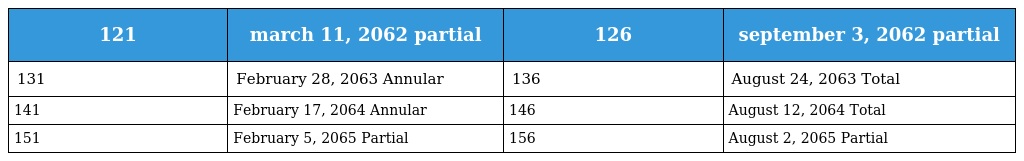
| 121 | march 11, 2062 partial | 126 | september 3, 2062 partial |
 | --- | --- | --- | --- |
 | 131 | February 28, 2063 Annular | 136 | August 24, 2063 Total |
 | 141 | February 17, 2064 Annular | 146 | August 12, 2064 Total |
 | 151 | February 5, 2065 Partial | 156 | August 2, 2065 Partial |